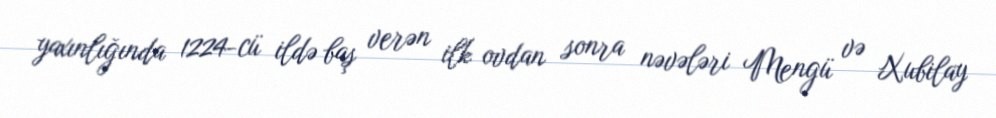
yaxınlığında 1224-cü ildə baş verən ilk ovdan sonra nəvələri Mengü və Xubilay